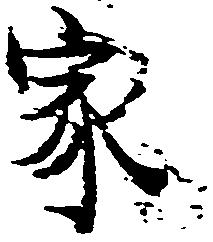
家